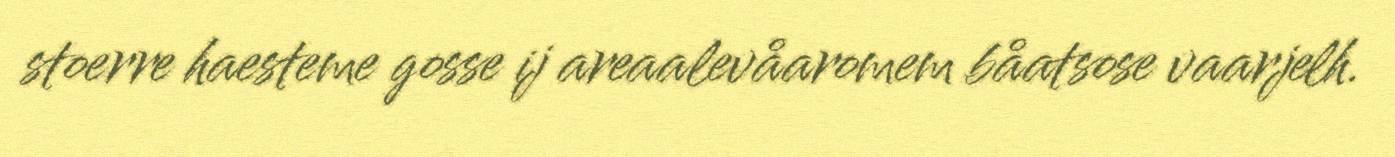
stoerre haesteme gosse ij areaalevåaromem båatsose vaarjelh.